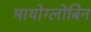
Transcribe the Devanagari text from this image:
मायोग्लोबिन